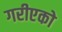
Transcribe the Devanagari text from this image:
गरीएको